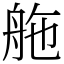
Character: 䑨